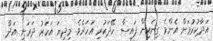
އަދާކުރުމަށް އެންމެ ގިނައިން ފައިސާ ހޭދަކުރި އަހަރެވެ. މިދިޔަ އަހަރު ދަރަނި އަދާ